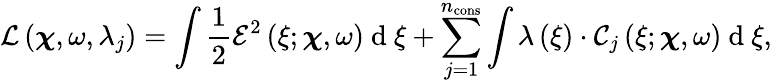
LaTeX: \mathcal{L}\left(\boldsymbol\chi,\omega,\lambda_{j}\right)=\int\frac{1}{2}\mathcal{E}^{2}\left(\xi;\boldsymbol\chi,\omega\right)\mathrm{~d~}\xi+\sum_{j=1}^{n_{\mathrm{{cons}}}}\int\lambda\left(\xi\right)\cdot\mathcal{C}_{j}\left(\xi;\boldsymbol\chi,\omega\right)\mathrm{~d~}\xi,